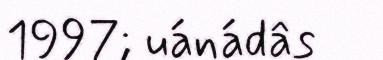
1997; uánádâs